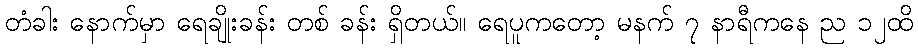
တံခါး နောက်မှာ ရေချိုးခန်း တစ် ခန်း ရှိတယ်။ ရေပူကတော့ မနက် ၇ နာရီကနေ ည ၁၂ထိ